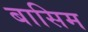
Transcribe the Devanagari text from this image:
बासिम